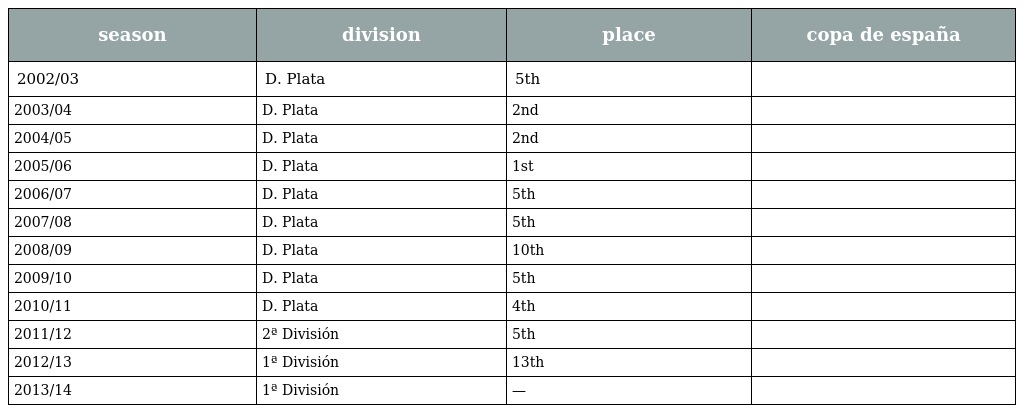
| season | division | place | copa de españa |
 | --- | --- | --- | --- |
 | 2002/03 | D. Plata | 5th |  |
 | 2003/04 | D. Plata | 2nd |  |
 | 2004/05 | D. Plata | 2nd |  |
 | 2005/06 | D. Plata | 1st |  |
 | 2006/07 | D. Plata | 5th |  |
 | 2007/08 | D. Plata | 5th |  |
 | 2008/09 | D. Plata | 10th |  |
 | 2009/10 | D. Plata | 5th |  |
 | 2010/11 | D. Plata | 4th |  |
 | 2011/12 | 2ª División | 5th |  |
 | 2012/13 | 1ª División | 13th |  |
 | 2013/14 | 1ª División | — |  |